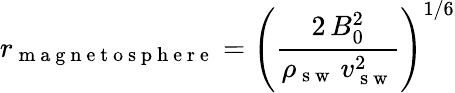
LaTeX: r_{\mathrm{~m~a~g~n~e~t~o~s~p~h~e~r~e~}}=\left(\frac{2\, B_{0}^{2}}{\rho_{\mathrm{~s~w~}}\, v_{\mathrm{~s~w~}}^{2}}\right)^{1/6}